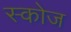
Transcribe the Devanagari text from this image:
स्कोज